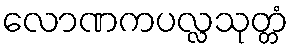
လောဏကပလ္လသုတ္တံ